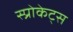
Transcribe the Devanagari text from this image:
स्प्रोकेट्स